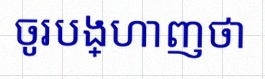
ចូរបង្ហាញថា